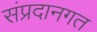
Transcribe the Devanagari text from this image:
संप्रदानगत